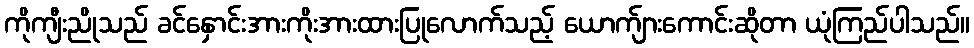
ကိုကျီးညိုသည် ခင်နှောင်းအားကိုးအားထားပြုလောက်သည့် ယောက်ျားကောင်းဆိုတာ ယုံကြည်ပါသည်။